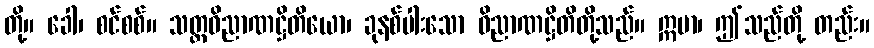
တို့။ ခေါ၊ စင်စစ်။ သတ္တဝိညာဏဋ္ဌိတိယော၊ ခုနစ်ပါးသော ဝိညာဏဋ္ဌိတိတို့သည်။ ဣမာ၊ ဤသည်တို့ တည်း။